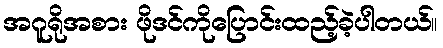
အဂူရိုအစား ဖိုဒင်ကိုပြောင်းထည့်ခဲ့ပါတယ်။